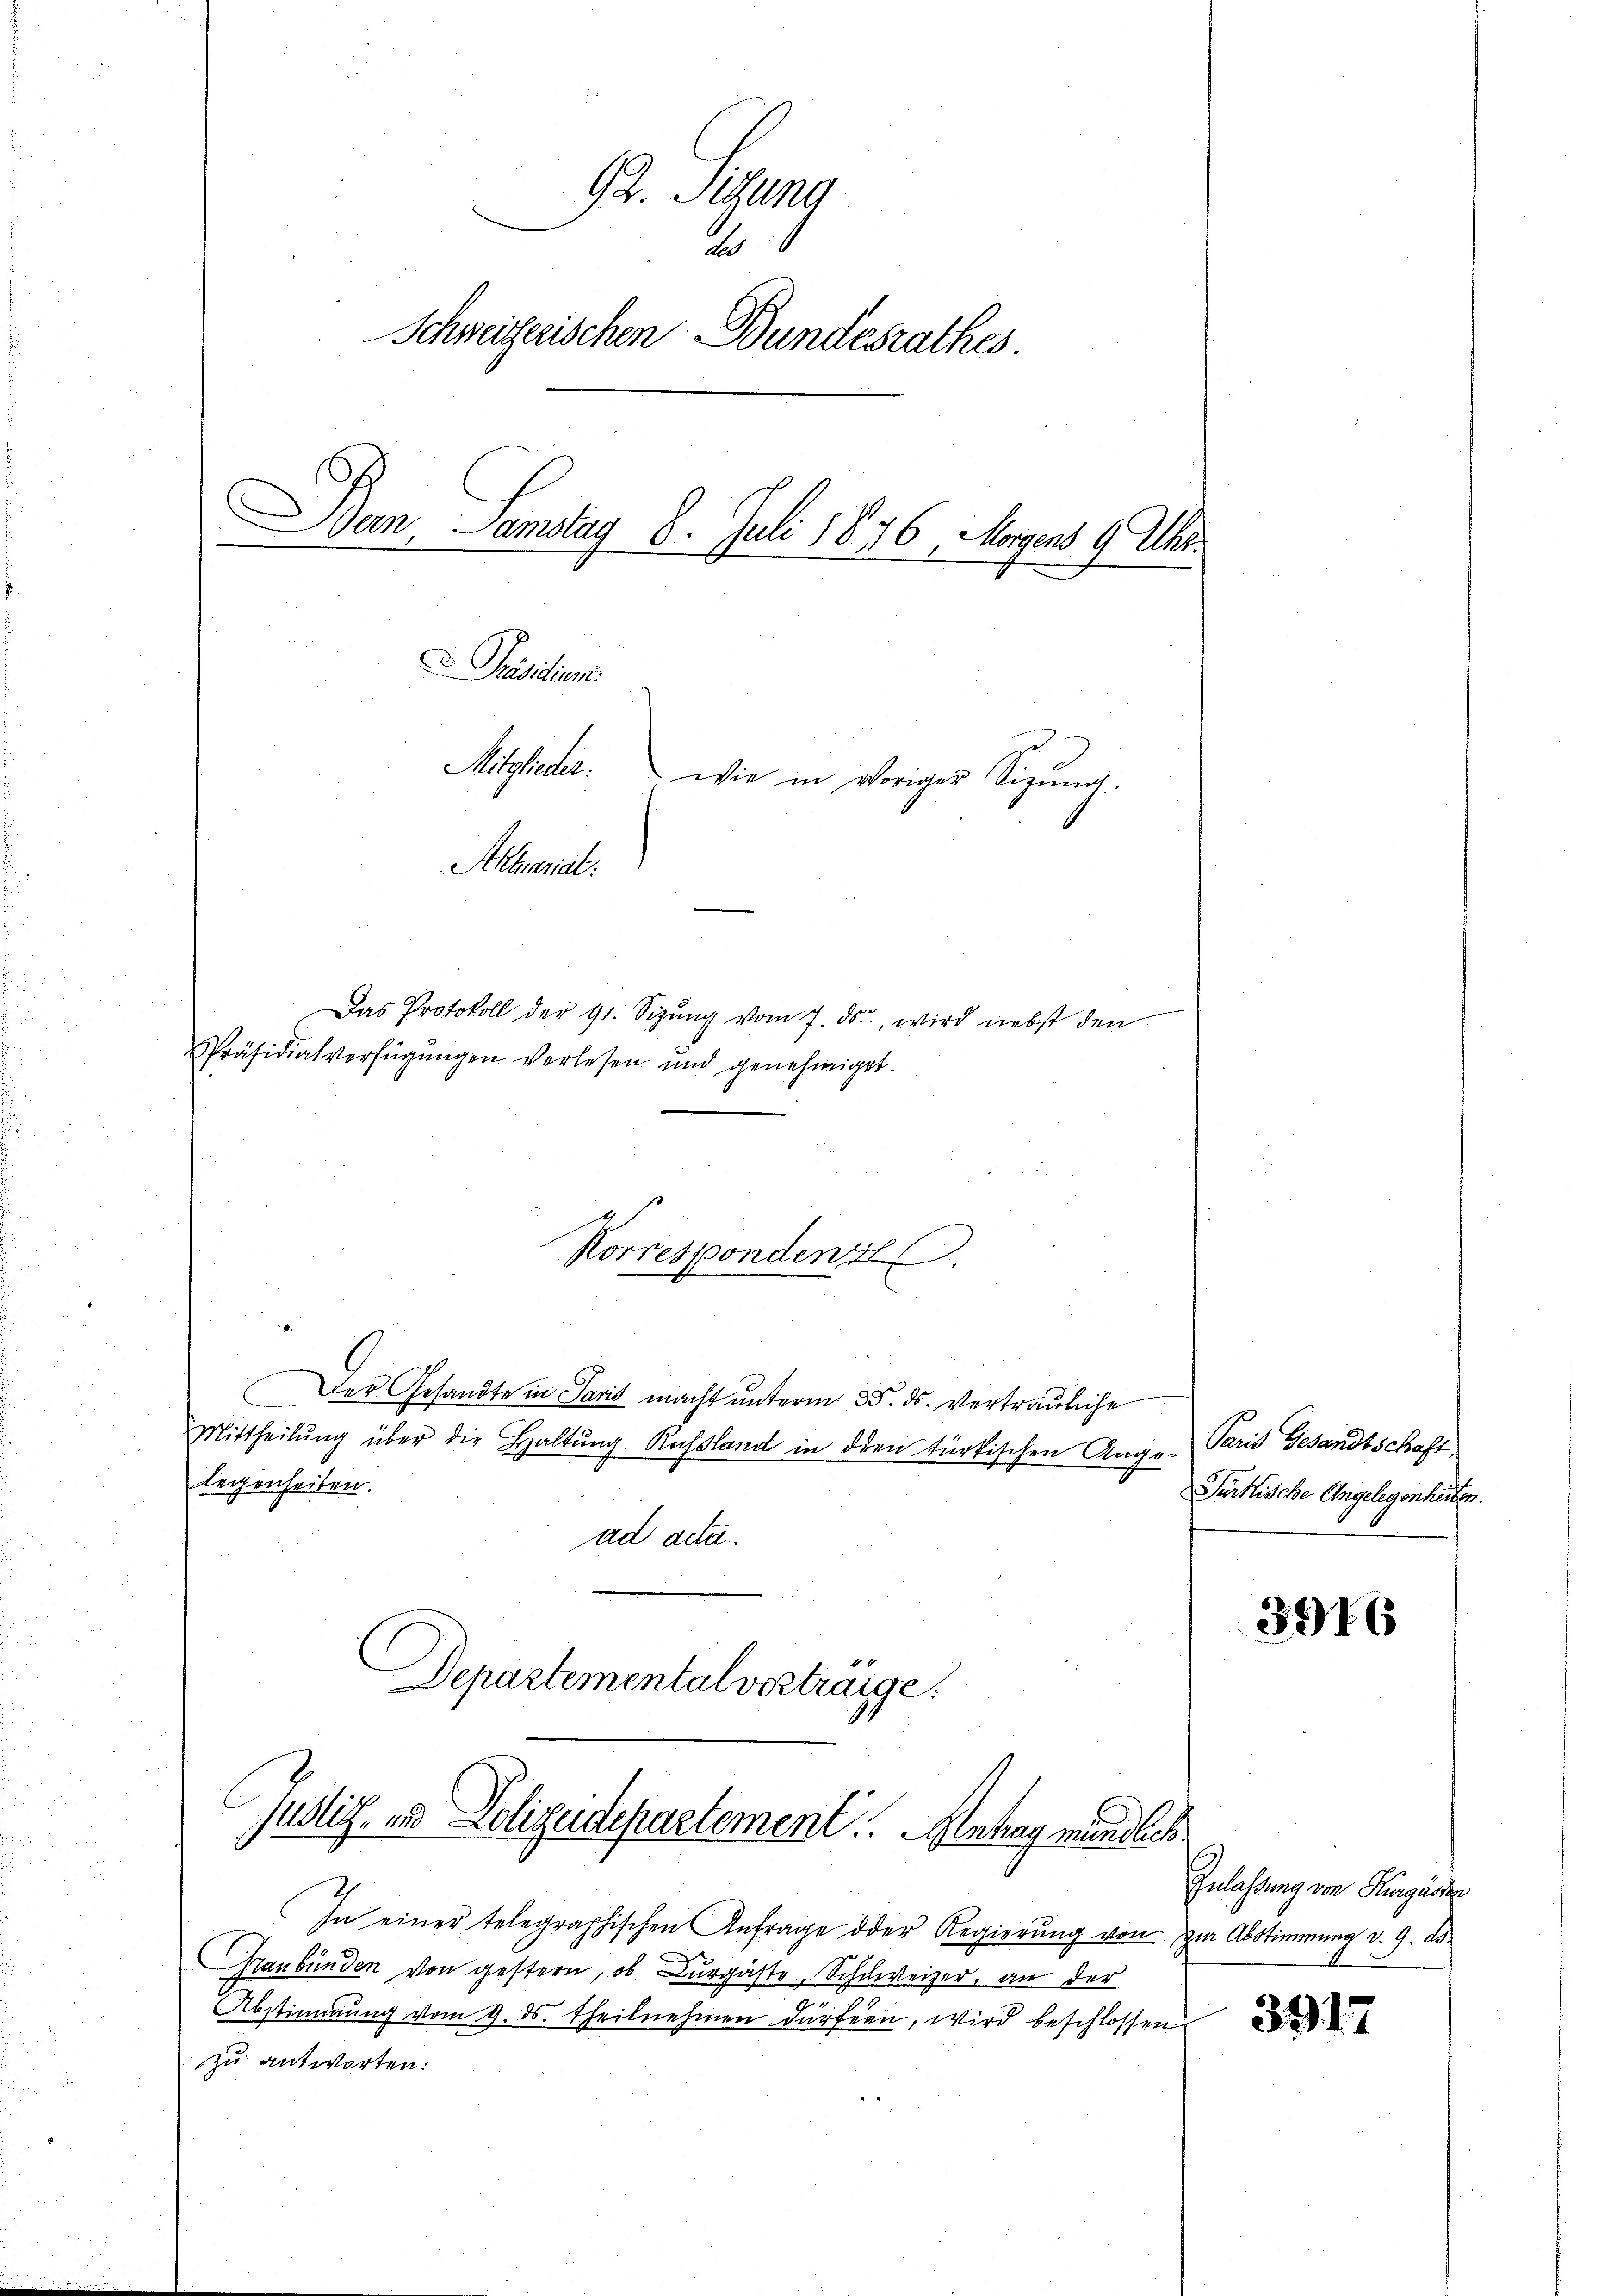
92. Sitzung
2
Schweizerischen Bundesrathes
Dan Samstag 8. Juli 1876, Morgen 9 Uhr.
Prisition.
Mitglieder.
wie in voriger Sitzung.
Aktuarial.

Das Protokoll der 91. Sizŭng vom 7. ds., wird nebst den
Präsidialverfügŭngen verlesen und genehmiget.
Der Gesandte in Paris macht unterm 25. ds. vertrauliche
Mittheilŭng über die Haltung. Rassland in dien türkischen Ange-
legenheiten.
ad acta.
Departementalvertraige.
Justiz- und Polizudepartement. Antrag mündlich
In einer telegraphischen Anfrage der Regierŭng von zur Abstimmung v. 9. ds.
Graubünden von gestern, ob Burgäste, Schweizer, an der
.
Abstimmung vom 9. ds. theilnehmen dürfen, wird beschlossen
zu antworten:

Korrespondenz

Paris Gesandtschaft
Pürkische Angelegenheiten.

3916

Gelahrung von Segenden

3917